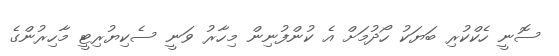
ސޮނީ ހެކްކުރި ބަޔަކު ހޯދުމަށް އެ ކުންފުނިން މިހާރު ވަނީ ސެކިޔުރިޓީ މާހިރުންގެ